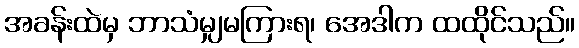
အခန်းထဲမှ ဘာသံမျှမကြားရ၊ အေဒါက ထထိုင်သည်။